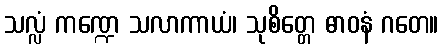
သလ္လံ ကဏ္ဍေ သလာကာယံ၊ သုစိတ္တေ ဓာဝနံ ဂတေ။